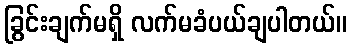
ခြွင်းချက်မရှိ လက်မခံပယ်ချပါတယ်။